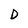
Character: D